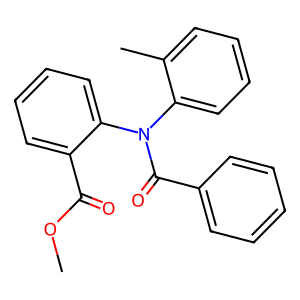
SMILES: COC(=O)c1ccccc1N(C(=O)c1ccccc1)c1ccccc1C
Inhibits HIV replication: No